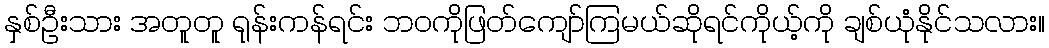
နှစ်ဦးသား အတူတူ ရုန်းကန်ရင်း ဘဝကိုဖြတ်ကျော်ကြမယ်ဆိုရင်ကိုယ့်ကို ချစ်ယုံနိုင်သလား။